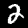
Digit: 2